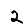
Digit: 2